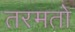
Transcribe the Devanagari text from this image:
तरमतो